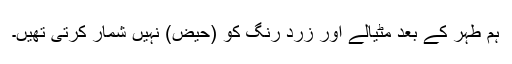
ہم طہر کے بعد مٹیالے اور زرد رنگ کو (حیض) نہیں شمار کرتی تھیں۔